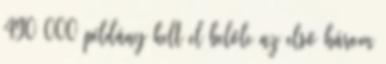
490 000 példány kelt el belőle az első három